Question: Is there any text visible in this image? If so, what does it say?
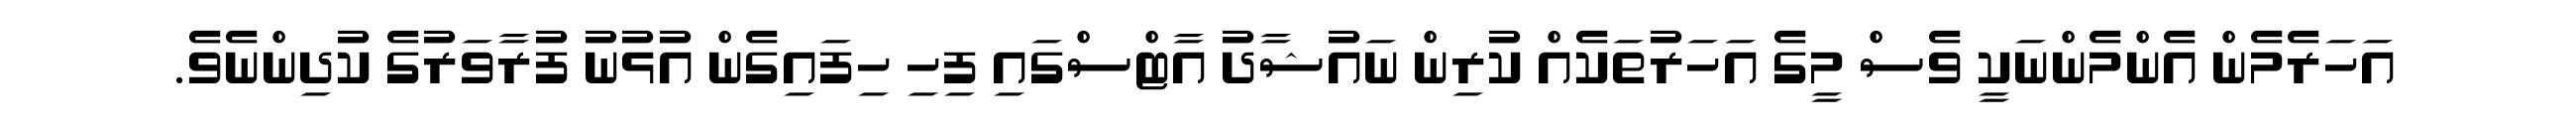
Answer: އަހަރެމެން އެންމެންނަކީ ވެސް މީގެ އަހަރުތަކެއް ކުރިން ނައުޝާދު އާޓްސްގައި ފިހި ހިފައިގެން އުޅުނު ފުރާވަރުގެ ކުދިންނެވެ.